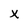
Character: X